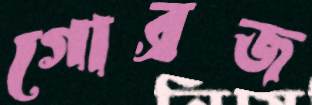
গোব্রজ